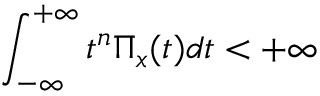
\int _ { - \infty } ^ { + \infty } t ^ { n } \Pi _ { x } ( t ) d t < + \infty